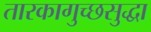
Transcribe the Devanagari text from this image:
तारकागुच्छसुद्धा